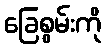
ခြေစွမ်းကို